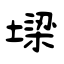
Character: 墚